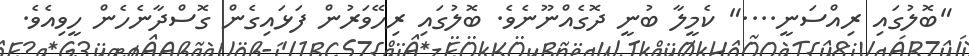
"ބޮލުގައި ރިއްސަނީ...." ކެމީލާ ބުނީ ދޮގެއްނޫނެވެ. ބޮލުގައި ރިހޭވަރުން ފަޅައިގެން ގޮސްދާނެހެން ހީވިއެވެ.